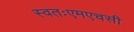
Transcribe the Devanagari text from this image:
स्वतःएमएचसी